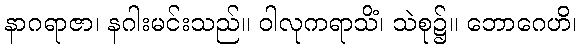
နာဂရာဇာ၊ နဂါးမင်းသည်။ ဝါလုကရာသိံ၊ သဲစု၌။ ဘောဂေဟိ၊